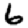
Digit: 6